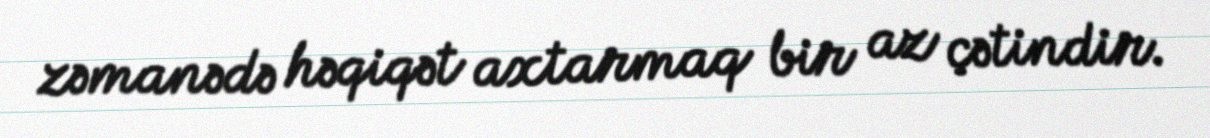
zəmanədə həqiqət axtarmaq bir az çətindir.